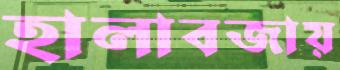
হালাবজায়